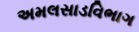
અમલસાડવિભાગ